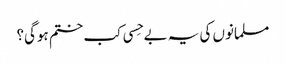
مسلمانوں کی یہ بے حِسی کب ختم ہوگی؟